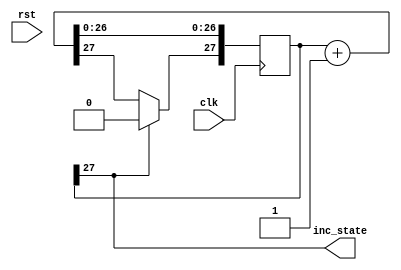
/*
   This file was generated automatically by the Mojo IDE version B1.3.6.
   Do not edit this file directly. Instead edit the original Lucid source.
   This is a temporary file and any changes made to it will be destroyed.
*/

module stateCounter_7 (
    input clk,
    input rst,
    output reg inc_state
  );
  
  
  
  reg [27:0] M_stateCounter_d, M_stateCounter_q = 1'h0;
  
  always @* begin
    M_stateCounter_d = M_stateCounter_q;
    
    inc_state = M_stateCounter_q[27+0-:1];
    M_stateCounter_d = M_stateCounter_q + 1'h1;
    if (M_stateCounter_q[27+0-:1] == 1'h1) begin
      M_stateCounter_d[27+0-:1] = 1'h0;
    end
  end
  
  always @(posedge clk) begin
    M_stateCounter_q <= M_stateCounter_d;
  end
  
endmodule